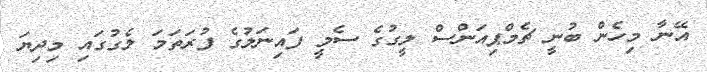
އޭނާ މިހެން ބުނީ ޗެމްޕިއަންސް ލީގުގެ ސެމީ ފައިނަލުގެ ފުރަތަމަ ލެގުގައި މިދިޔަ